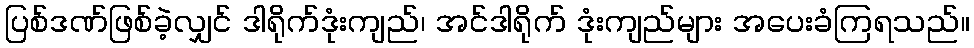
ပြစ်ဒဏ်ဖြစ်ခဲ့လျှင် ဒါရိုက်ဒုံးကျည်၊ အင်ဒါရိုက် ဒုံးကျည်များ အပေးခံကြရသည်။